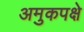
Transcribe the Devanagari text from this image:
अमुकपक्षे